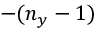
- ( n _ { y } - 1 )